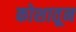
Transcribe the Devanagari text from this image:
कोशातून